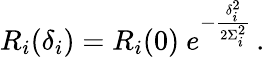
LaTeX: R_{i}(\delta_{i})=R_{i}(0)~e^{-\frac{\delta_{i}^{2}}{2\Sigma_{i}^{2}}}\, .